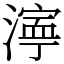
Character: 𬈿